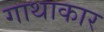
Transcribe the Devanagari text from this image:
गाथाकार